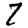
Digit: 7